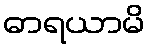
ဓာရယာမိ